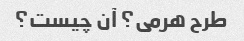
طرح هرمی؟ آن چیست؟